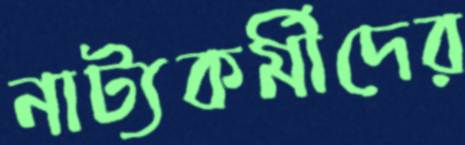
নাট্যকর্মীদের